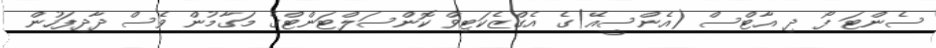
ސެންޓަ ފޯ ދި އާޓްސް (އެންސީއޭ)ގެ އެގްޒެކަޓިވް ކޮންސަލްޓަންޓްގެ މަގާމުން ވެސް ދާދިފަހުން